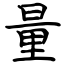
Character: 量